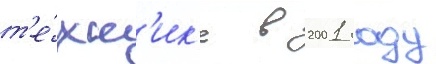
т'е́хн'ик'е в 2001 году